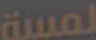
لمسة